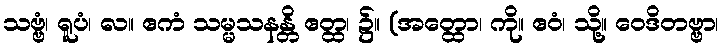
သဗ္ဗံ၊ ရူပံ၊ လ။ ဧကံ သမ္မသနန္တိ ဧတ္ထ၊ ၌။ (အတ္ထော၊ ကို။ ဧဝံ၊ သို့။ ဝေဒိတဗ္ဗာ၊